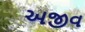
અજીવ